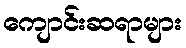
ကျောင်းဆရာများ